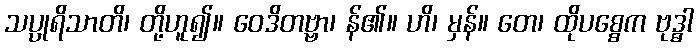
သပ္ပုရိသာတိ၊ တို့ဟူ၍။ ဝေဒိတဗ္ဗာ၊ န်၏။ ဟိ၊ မှန်။ တေ၊ ထိုပစ္စေက ဗုဒ္ဓါ